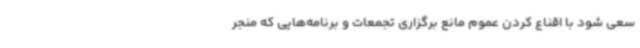
سعی شود با اقناع کردن عموم مانع برگزاری تجمعات و برنامه‌هایی که منجر